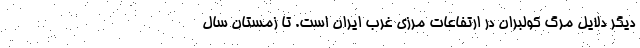
ديگر دلايل مرگ كولبران در ارتفاعات مرزي غرب ايران است. تا زمستان سال